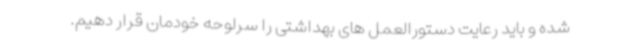
شده و باید رعایت دستورالعمل های بهداشتی را سرلوحه خودمان قرار دهیم.